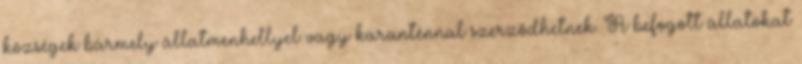
községek bármely állatmenhellyel vagy karanténnal szerződhetnek. A befogott állatokat